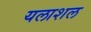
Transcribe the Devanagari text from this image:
यलाशल